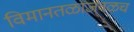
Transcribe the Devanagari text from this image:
विमानतळाजवळच